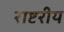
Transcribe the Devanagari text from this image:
राष्टरीय